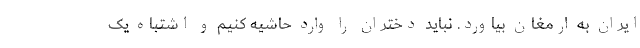
ایران به ارمغان بیاورد. نباید دختران را وارد حاشیه کنیم و اشتباه یک